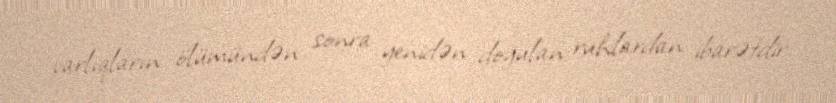
varlıqların ölümündən sonra yenidən doğulan ruhlardan ibarətdir.